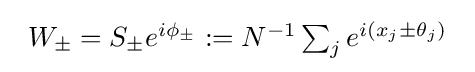
{\begin{array}{rcl}W_{\pm }=S_{\pm }e^{i\phi _{\pm }}:=N^{-1}\sum _{j}e^{i(x_{j}\pm \theta _{j})}\\\end{array}}